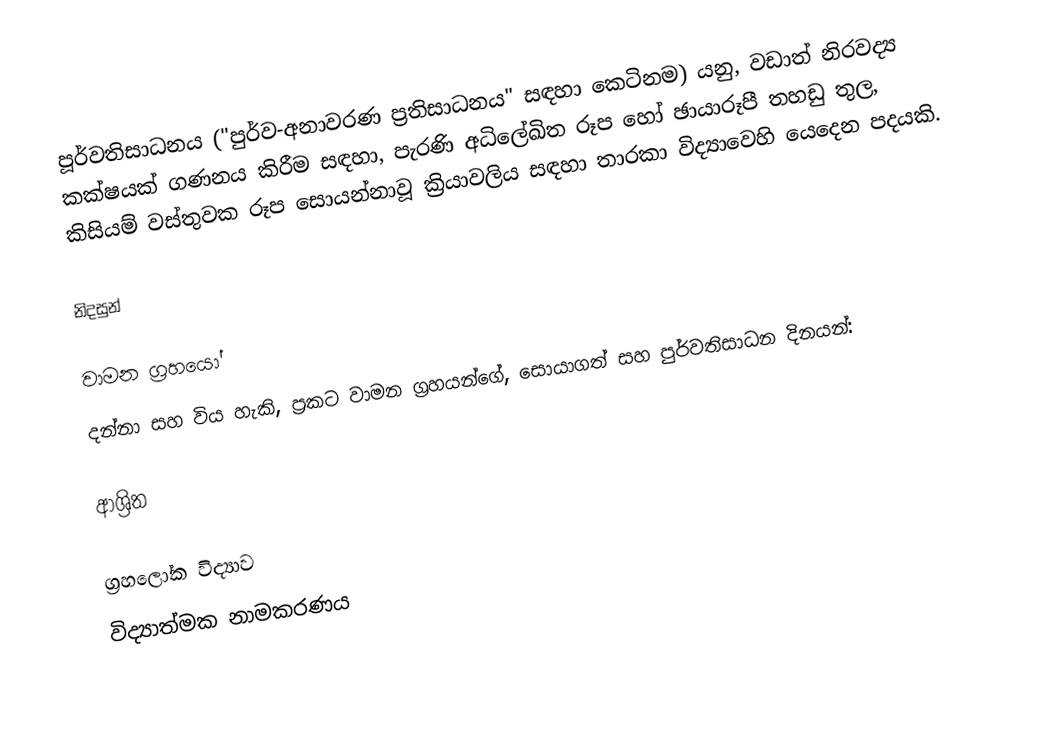
පූර්වතිසාධනය ("පුර්ව-අනාවරණ ප්‍රතිසාධනය" සඳහා කෙටිනම) යනු, වඩාත් නිරවද්‍ය කක්ෂයක් ගණනය කිරීම සඳහා, පැරණි අධිලේඛිත රූප හෝ ඡායාරූපී තහඩු තුල,  කිසියම් වස්තුවක රූප සොයන්නාවූ ක්‍රියාවලිය සඳහා  තාරකා විද්‍යාවෙහි යෙදෙන පදයකි.

නිදසුන්

වාමන ග්‍රහයෝ
දන්නා සහ  විය හැකි,  ප්‍රකට වාමන ග්‍රහයන්ගේ, සොයාගත් සහ පුර්වතිසාධන දිනයන්:

ආශ්‍රිත

ග්‍රහලෝක විද්‍යාව
විද්‍යාත්මක නාමකරණය